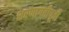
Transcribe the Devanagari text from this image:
शरणागतीपूर्वी